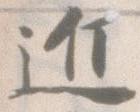
近